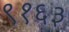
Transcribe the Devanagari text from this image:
९१६३